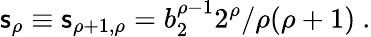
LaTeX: \mathsf{s}_{\rho}\equiv\mathsf{s}_{\rho+1,\rho}=b_{2}^{\rho-1}2^{\rho}/\rho(\rho+1)\ .